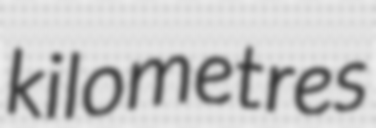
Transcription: kilometres